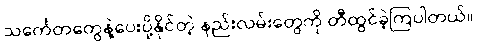
သင်္ကေတတွေနဲ့ပေးပို့နိုင်တဲ့ နည်းလမ်းတွေကို တီထွင်ခဲ့ကြပါတယ်။